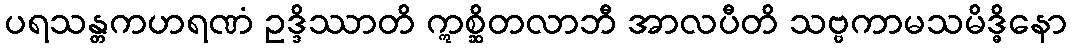
ပရသန္တကဟရဏံ ဥဒ္ဒိဿာတိ ဣစ္ဆိတလာဘီ အာလပီတိ သဗ္ဗကာမသမိဒ္ဓိနော